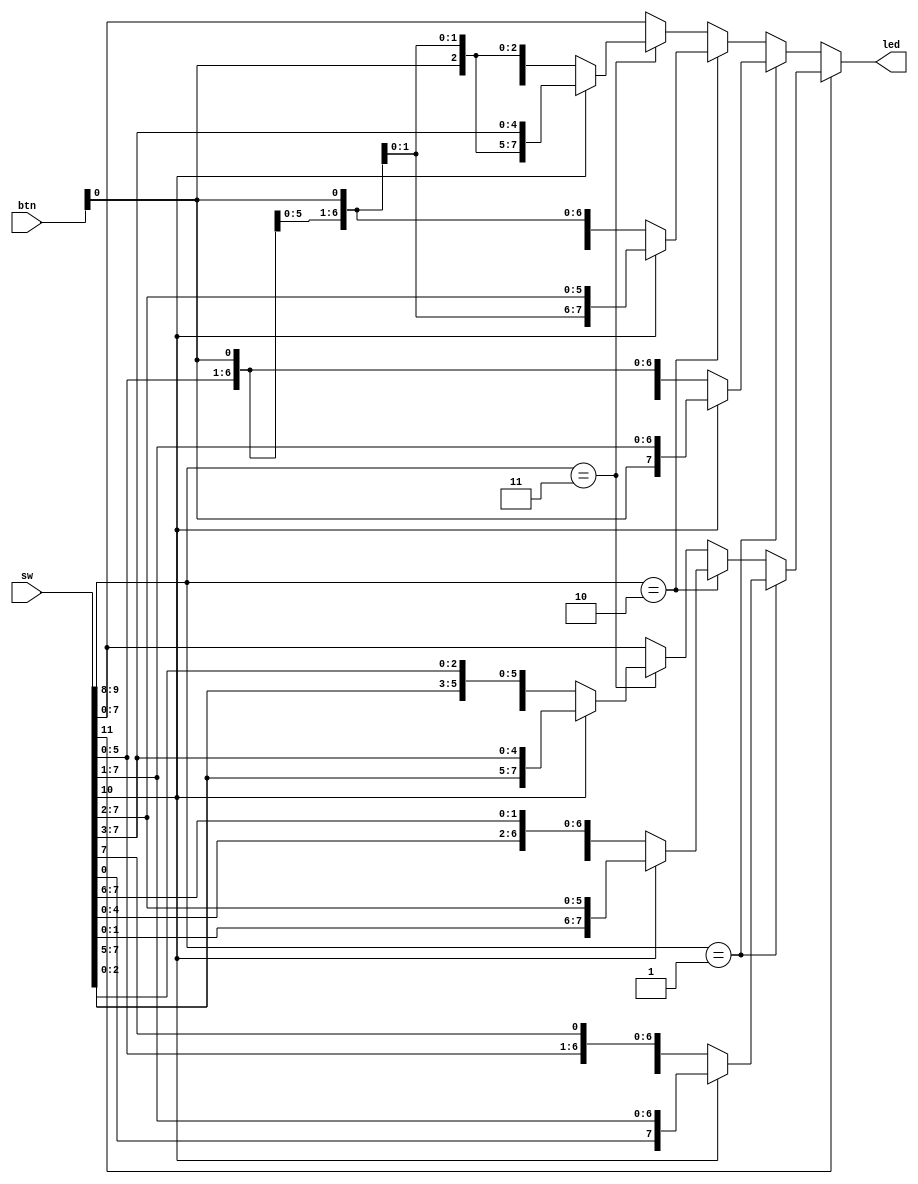
`timescale 1ns / 1ps

module shifter_8bit(
    input [11:0] sw,
    input [1:0] btn,
    output reg [7:0] led
    );

always @(sw, btn[0]) begin
    //rotate false
    if (sw[11] == 0) begin
        if (sw[9:8] == 2'b01)         //shift 1
            led <= (sw[10] == 0) ? {sw[6:0], btn[0]} : {btn[0], sw[7:1]};
        else if (sw[9:8] == 2'b10)   //shift 2
            led <= (sw[10] == 0) ? {sw[5:0], btn[0], btn[0]} : {btn[0], btn[0], sw[7:2]};
        else if (sw[9:8] == 2'b11)   //shift 3
            led <= (sw[10] == 0) ? {sw[4:0], btn[0], btn[0], btn[0]} : {btn[0], btn[0], btn[0], sw[7:3]};
        else
            led <= sw;               //no shift
    end
        
    //rotate true
    else begin
        if (sw[9:8] == 2'b01)         //rotate 1
            led <= (sw[10] == 0) ? {sw[6:0], sw[7]} : {sw[0], sw[7:1]};
        else if (sw[9:8] == 2'b10)   //rotate 2
            led <= (sw[10] == 0) ? {sw[5:0], sw[7:6]} : {sw[1:0], sw[7:2]};
        else if (sw[9:8] == 2'b11)   //rotate 3
            led <= (sw[10] == 0) ? {sw[4:0], sw[7:5]} : {sw[2:0], sw[7:3]};
        else
            led <= sw;               //no rotate
    end
end
    
endmodule